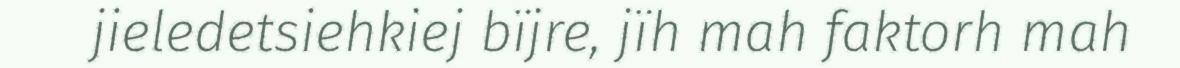
jieledetsiehkiej bïjre, jïh mah faktorh mah